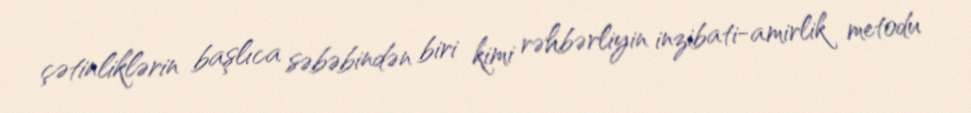
çətinliklərin başlıca səbəbindən biri kimi rəhbərliyin inzibati-amirlik metodu